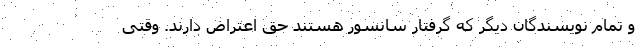
و تمام نویسندگان دیگر که گرفتار سانسور هستند حق اعتراض دارند. وقتی